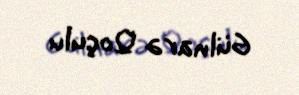
Gülnarə Qoçulu